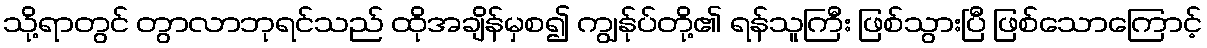
သို့ရာတွင် တွာလာဘုရင်သည် ထိုအချိန်မှစ၍ ကျွန်ုပ်တို့၏ ရန်သူကြီး ဖြစ်သွားပြီ ဖြစ်သောကြောင့်